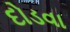
દોડવા